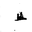
Letter: _za